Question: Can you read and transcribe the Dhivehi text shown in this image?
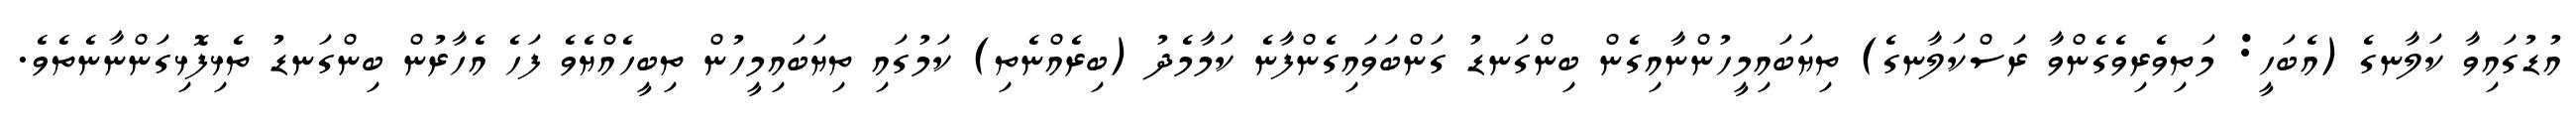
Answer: އުޑުގައިވާ ކަލާނގެ (އެބަހީ: މަތިވެރިވެގެންވާ ރަސްކަލާނގެ) ތިޔަބައިމީހުންނާއިގެން ބިންގަނޑު ގަންބަވައިގެންފާނެ ކަމާމެދު (ބިރެއްނެތި) ކަމުގައި ތިޔަބައިމީހުން ތިބީހެއްޔެވެ ފަހެ އެހާރުން ބިންގަނޑު ތެޅިފޮޅިގަންނާނެތެވެ.